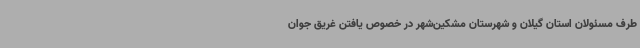
طرف مسئولان استان گیلان و شهرستان مشکین‌شهر در خصوص یافتن غریق جوان